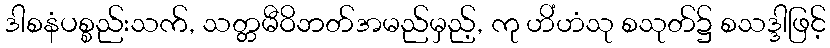
ဒါစနံပစ္စည်းသက်, သတ္တမီဝိဘတ်အမည်မှည့်, ကု ဟိံဟံသု စသုတ်၌ စသဒ္ဒါဖြင့်